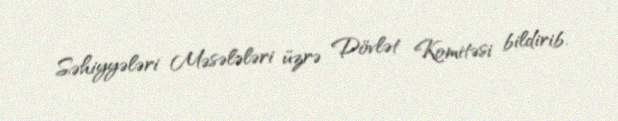
Səhiyyələri Məsələləri üzrə Dövlət Komitəsi bildirib.